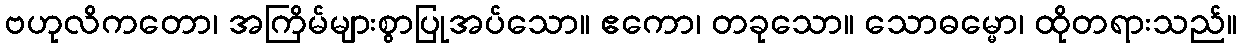
ဗဟုလိကတော၊ အကြိမ်များစွာပြုအပ်သော။ ဧကော၊ တခုသော။ သောဓမ္မော၊ ထိုတရားသည်။